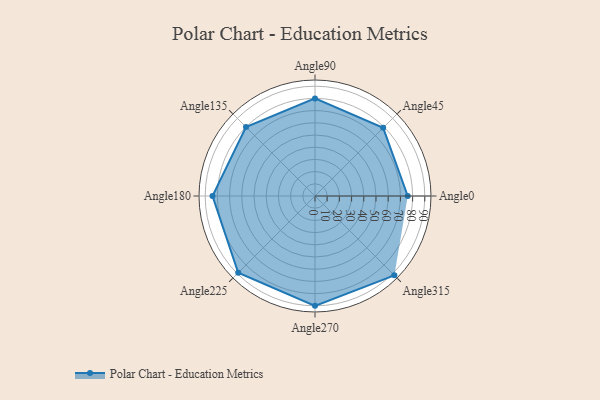
{"axis": {"x": "Angle", "y": "Radius"}, "legend": [""], "data": [{"x": "Angle0", "y": 76.0, "type": ""}, {"x": "Angle45", "y": 79.0, "type": ""}, {"x": "Angle90", "y": 80.0, "type": ""}, {"x": "Angle135", "y": 80.0, "type": ""}, {"x": "Angle180", "y": 84.0, "type": ""}, {"x": "Angle225", "y": 89.0, "type": ""}, {"x": "Angle270", "y": 90.0, "type": ""}, {"x": "Angle315", "y": 92.0, "type": ""}]}